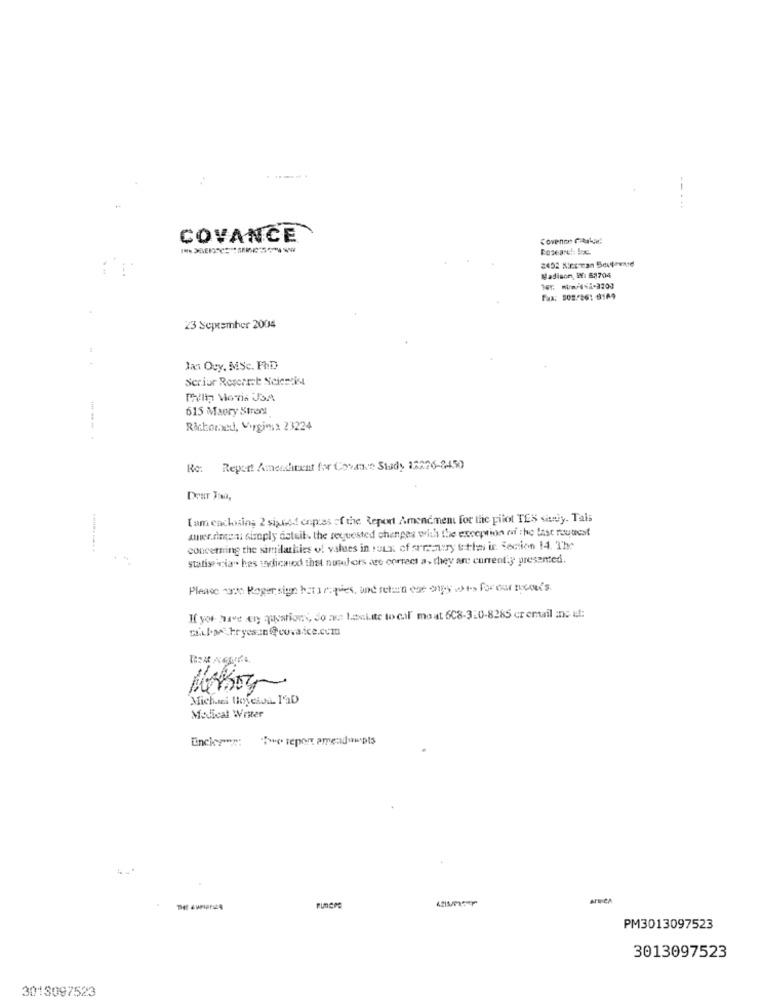
..-....
COVANCE
Coveno Carte!
Madison WY: 53704
Fax: 502/861 8169
23 September 2004
Jan Ogy, MSc. FRD
Ser.iur Reserret Scientist
615 Mapry Street
Richoraed, Virginia 23224
Re: Report Amenditent for Covance Study 12226-8450
DONT Tou,
Tam eachising 2 sixtod copies of the Report Amendment for the pilot TES sitey. Tais
Amer.doen simply deteit. the requested chenpes with the exception of :No Last request
concerning the similarities of values in roux of orreaury tthe is Section 14. The
statisticia". hes indicavod thst numbers are correct a, they are currently presented.
Please wait: Roger sign het a copies, and return eat copy we> for car rocos's.
If you have any questions, do au Loctite to call me at 608-310-8285 er email inc uf:
Michael theyessa M'aD
Medical Writer
Encieres: Tue report ameadumpts
armen
PM3013097523
3013097523
3013097523